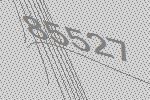
85527